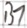
Text: B1